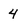
Character: 4